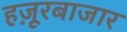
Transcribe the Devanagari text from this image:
हज़ूरबाजार